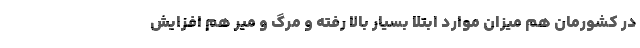
در کشورمان هم میزان موارد ابتلا بسیار بالا رفته و مرگ و میر هم افزایش